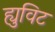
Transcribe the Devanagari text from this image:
ह्युविट